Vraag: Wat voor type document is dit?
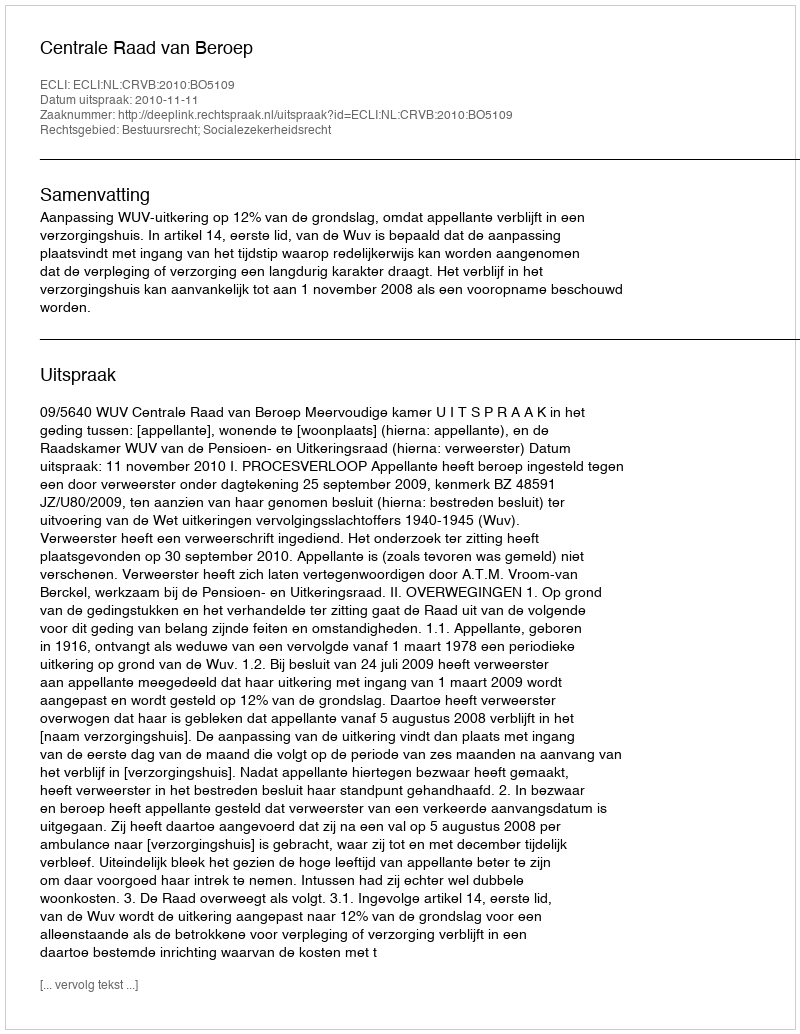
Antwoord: Uitspraak